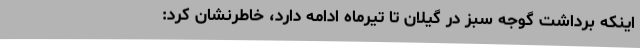
اینکه برداشت گوجه سبز در گیلان تا تیرماه ادامه دارد، خاطرنشان کرد: